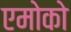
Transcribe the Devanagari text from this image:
एमोको